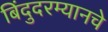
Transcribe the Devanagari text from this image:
बिंदुदरम्यानचे